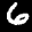
Label: 6